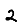
Digit: 2